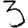
Digit: 3